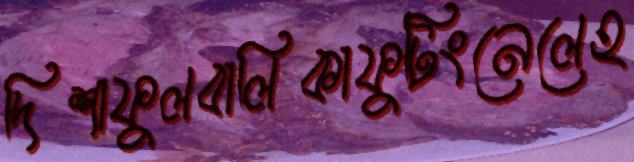
দিশাফুলবালিকাফুটিংনেলেহ